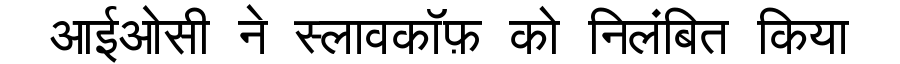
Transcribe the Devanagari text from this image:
आईओसी ने स्लावकॉफ़ को निलंबित किया